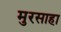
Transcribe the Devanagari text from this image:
मुरसाहा